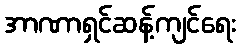
အာဏာရှင်ဆန့်ကျင်ရေး